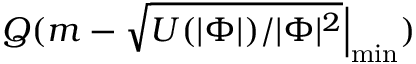
Q ( m - { \sqrt { U ( | \Phi | ) / | \Phi | ^ { 2 } } } { \Big | } _ { \operatorname* { m i n } } )